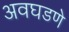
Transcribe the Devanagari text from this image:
अवघडणे